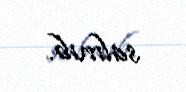
salınıb.